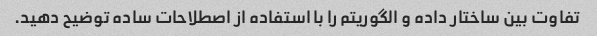
تفاوت بین ساختار داده و الگوریتم را با استفاده از اصطلاحات ساده توضیح دهید.